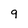
Character: 9